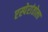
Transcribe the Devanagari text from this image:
एस्पेरांतोला